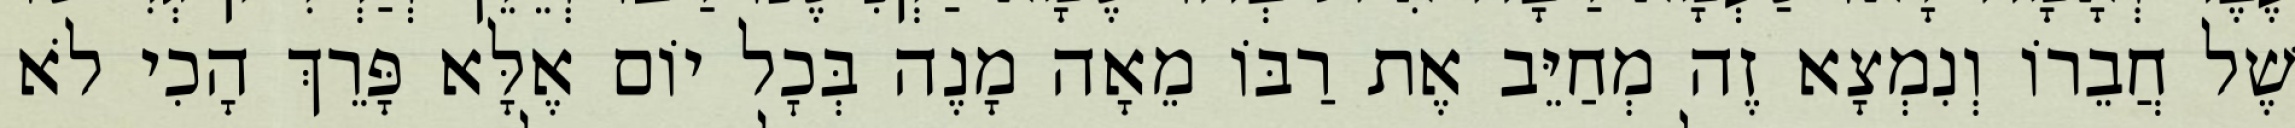
שֶׁל חֲבֵרוֹ וְנִמְצָא זֶה מְחַיֵּב אֶת רַבּוֹ מֵאָה מָנֶה בְּכׇל יוֹם אֶלָּא פָּרֵךְ הָכִי לֹא